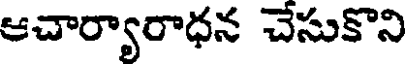
ఆచార్యారాధన చేసుకొని